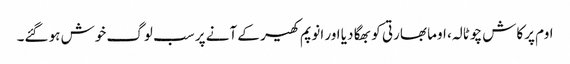
اوم پرکاش چوٹالہ، اوما بھارتی کو بھگا دیا اور انوپم کھیر کے آنے پر سب لوگ خوش ہو گئے۔